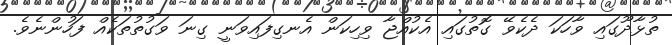
ތުޅާދޫގައި ވާހަކަ ދެކެވޭ ގޮތުގައި އެކުއްޖާ ވިހިކަން އެނގިފައިވަނީ ގިނަ ވަގުތުތަކެއް ފަހުންނެވެ.